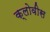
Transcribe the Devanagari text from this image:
क्लोवीस